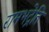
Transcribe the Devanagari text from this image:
रामभद्रेति